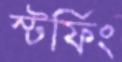
স্টর্ফিং